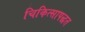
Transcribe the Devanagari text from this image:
चिकित्सापद्धत